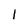
Character: I